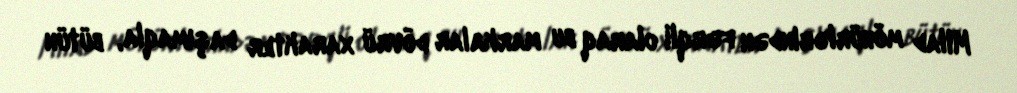
Milad möhürlərindən fərqli olaraq bu markalar dövrü xarakter daşımaqla, bütün